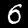
Label: 6